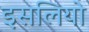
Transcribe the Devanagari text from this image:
इसलियो